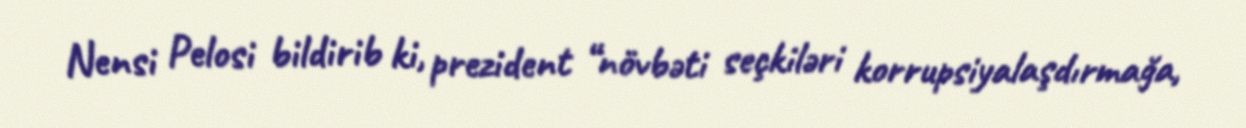
Nensi Pelosi bildirib ki, prezident “növbəti seçkiləri korrupsiyalaşdırmağa,